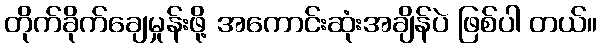
တိုက်ခိုက်ချေမှုန်းဖို့ အကောင်းဆုံးအချိန်ပဲ ဖြစ်ပါ တယ်။